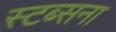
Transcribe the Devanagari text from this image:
स्टब्सना